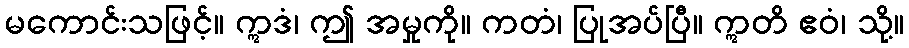
မကောင်းသဖြင့်။ ဣဒံ၊ ဤ အမှုကို။ ကတံ၊ ပြုအပ်ပြီ။ ဣတိ ဧဝံ၊ သို့။